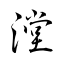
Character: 漟